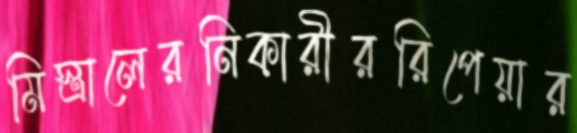
মিস্ত্রালেরনিকারীররিপেয়ার